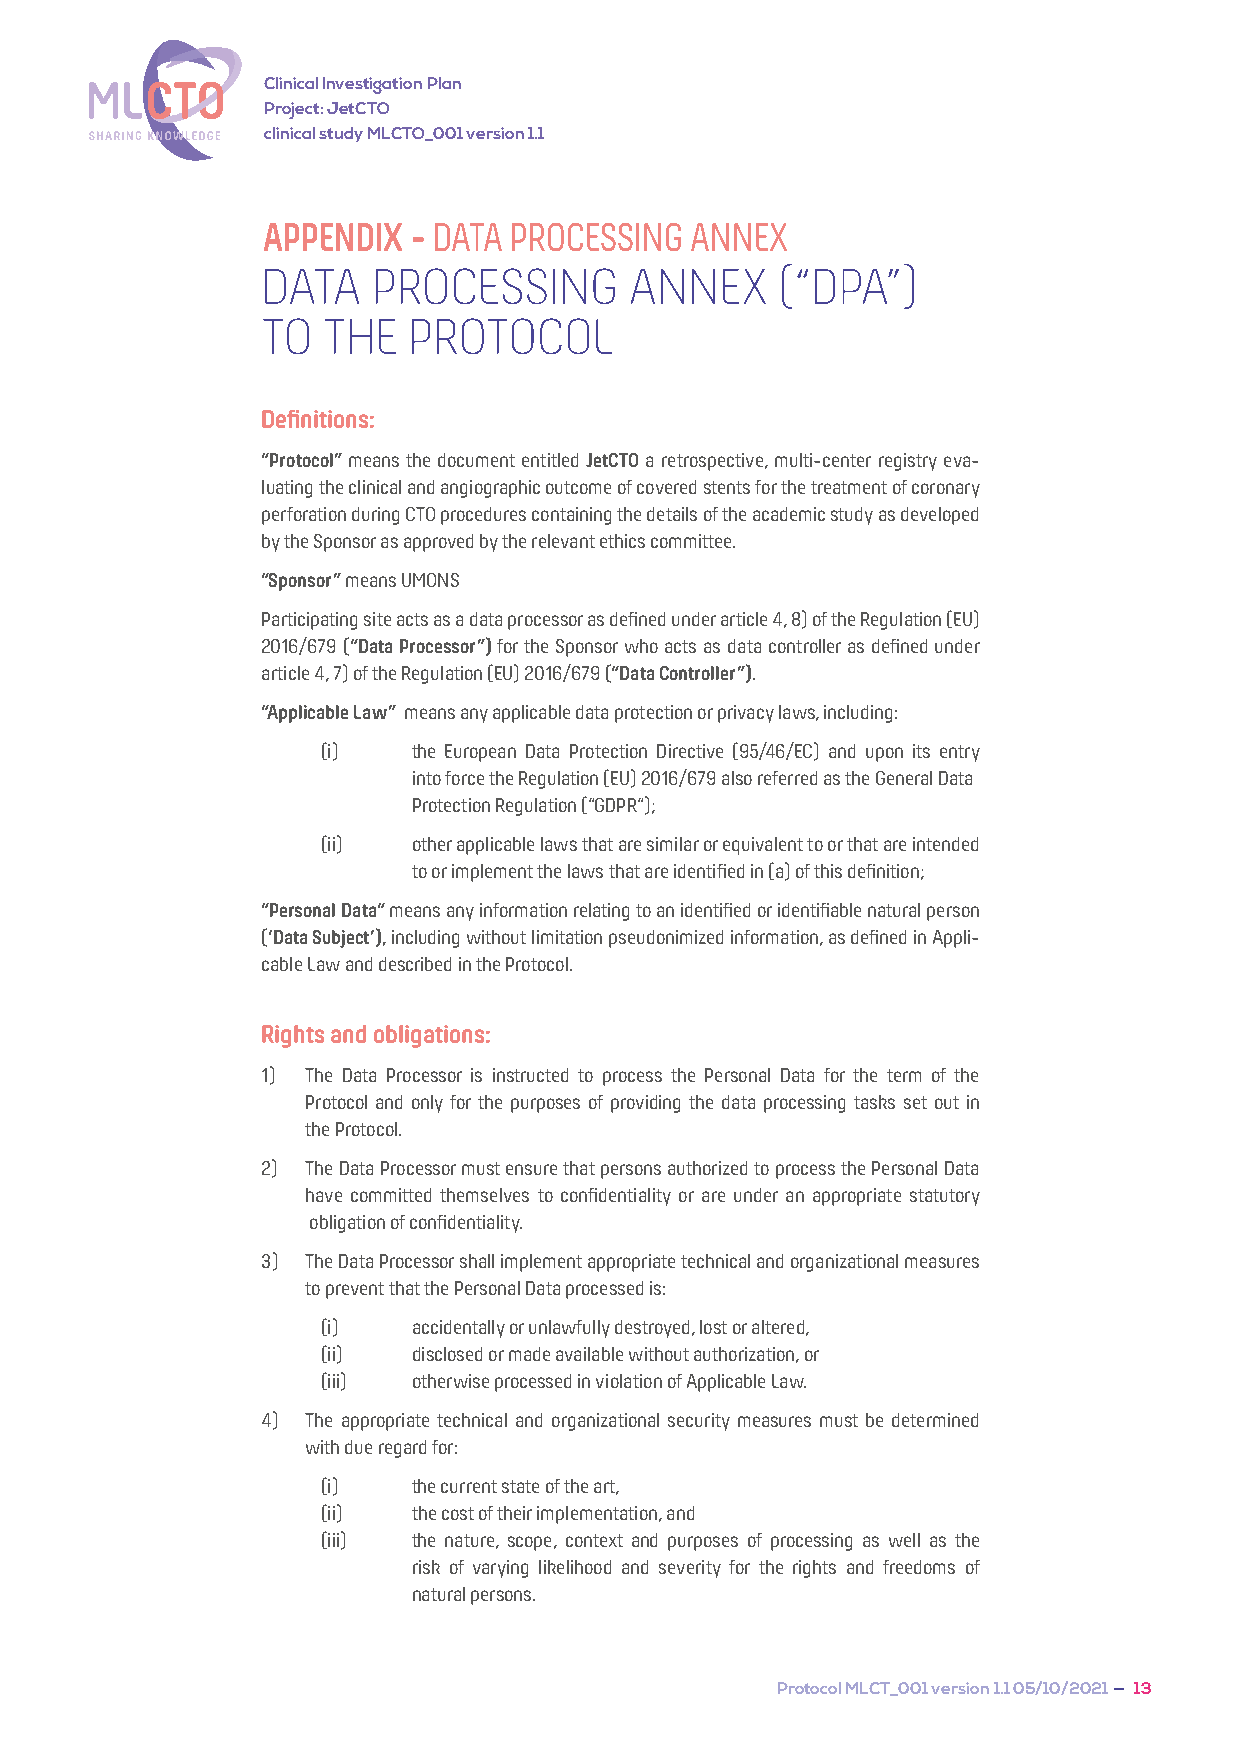
Clinical Investigation Plan
 Project: JetCTO
 clinical study MLCTO_001 version 1.1
 APPENDIX  - DATA PROCESSING  ANNEX
 DATA    PROCESSING       ANNEX    (“DPA”)
 TO  THE   PROTOCOL
 Definitions:
 “Protocol” means the document entitled JetCTO a retrospective, multi-center registry eva-
 luating the clinical and angiographic outcome of covered stents for the treatment of coronary
 perforation during CTO procedures containing the details of the academic study as developed
 by the Sponsor as approved by the relevant ethics committee.
 “Sponsor” means UMONS
 Participating site acts as a data processor as defined under article 4, 8) of the Regulation (EU)
 2016/679 (“Data Processor”) for the Sponsor who acts as data controller as defined under
 article 4, 7) of the Regulation (EU) 2016/679 (“Data Controller”).
 “Applicable Law” means any applicable data protection or privacy laws, including:
 (i)   the European Data Protection Directive (95/46/EC) and upon its entry
 into force the Regulation (EU) 2016/679 also referred as the General Data
 Protection Regulation (“GDPR“);
 (ii)  other applicable laws that are similar or equivalent to or that are intended
 to or implement the laws that are identified in (a) of this definition;
 “Personal Data“ means any information relating to an identified or identifiable natural person
 (‘Data Subject’), including without limitation pseudonimized information, as defined in Appli-
 cable Law and described in the Protocol.
 Rights and obligations:
 1) The Data Processor is instructed to process the Personal Data for the term of the
 Protocol and only for the purposes of providing the data processing tasks set out in
 the Protocol.
 2) The Data Processor must ensure that persons authorized to process the Personal Data
 have committed themselves to confidentiality or are under an appropriate statutory
 obligation of confidentiality.
 3) The Data Processor shall implement appropriate technical and organizational measures
 to prevent that the Personal Data processed is:
 (i)   accidentally or unlawfully destroyed, lost or altered,
 (ii)  disclosed or made available without authorization, or
 (iii) otherwise processed in violation of Applicable Law.
 4) The appropriate technical and organizational security measures must be determined
 with due regard for:
 (i)   the current state of the art,
 (ii)  the cost of their implementation, and
 (iii) the nature, scope, context and purposes of processing as well as the
 risk of varying likelihood and severity for the rights and freedoms of
 natural persons.
 Protocol MLCT_001 version 1.1 05/10/2021 — 13